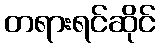
တရားရင်ဆိုင်